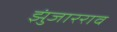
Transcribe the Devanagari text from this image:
झुंजारराव